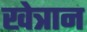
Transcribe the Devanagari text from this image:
खेत्रान